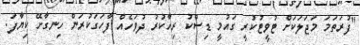
"ފުރަތަމަ މަޖަލަކަށް ޓުވީޓުކުރީ ގައުމީ ޑިސްކު ރިހާކުރު ދުވަހެއް ފާހަގަކުރަން ހިނގާށޭ ކިޔާފަ.